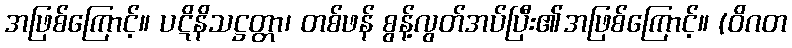
အဖြစ်ကြောင့်။ ပဋိနိသဋ္ဌတ္တာ၊ တစ်ဖန် စွန့်လွတ်အပ်ပြီး၏အဖြစ်ကြောင့်။ (ဝိဂတ